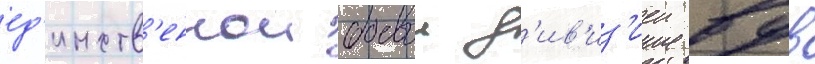
ед'инств'еннои боевои д'ив'из'иеи вдв